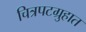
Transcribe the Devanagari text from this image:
चित्रपटग्रुहात